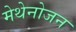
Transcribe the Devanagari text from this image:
मेथेनोजन